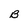
Character: B